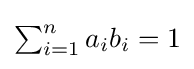
{\textstyle \sum _{i=1}^{n}a_{i}b_{i}=1}